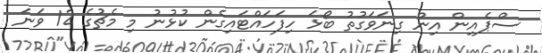
ސްޕެއިން އިން ގިނަވަގުތު ބޯޅަ ހިފަހައްޓައިގެން ކުޅުނު މި މެޗުގެ 12 ވަނަ